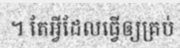
។ តែអ្វីដែលធ្វើឲ្យគ្រប់